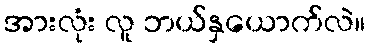
အားလုံး လူ ဘယ်နှယောက်လဲ။